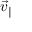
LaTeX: { \vec { v } } _ { \| }